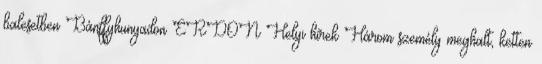
balesetben Bánffyhunyadon ERDON Helyi hírek Három személy meghalt, ketten